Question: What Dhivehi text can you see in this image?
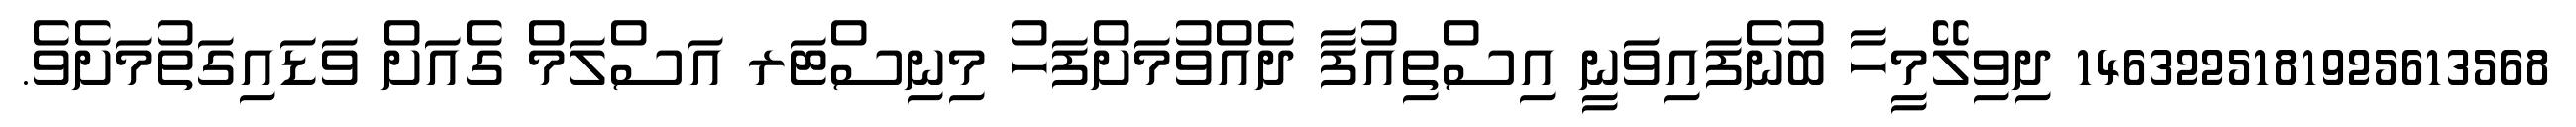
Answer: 1463225181925613568 ދިވިލޭމީހާ ބުނެފައިވަނީ އިސްތިއުފާ ދެއްވުމަށްފަހު މިނިސްޓަރ އަސްލަމް ގެއަށް ވަޑައިގަތުމަށެވެ.